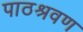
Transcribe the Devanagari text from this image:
पाठश्रवण